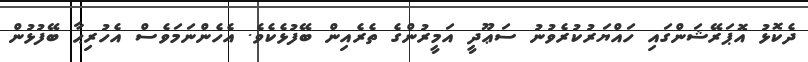
ދެކޮޅު އޮޕަރޭޝަންގައި ހައްޔަރުކުރެވުނު ސަޢޫދީ އަމީރުންގެ ތެރެއިން ބޭފުޅެކެވެ. އެހެންނަމަވެސް އެހުރިޙާ ބޭފުޅުން